Indian journal of veterinary science and animal husbandry - Volume 5,
Year: 1935
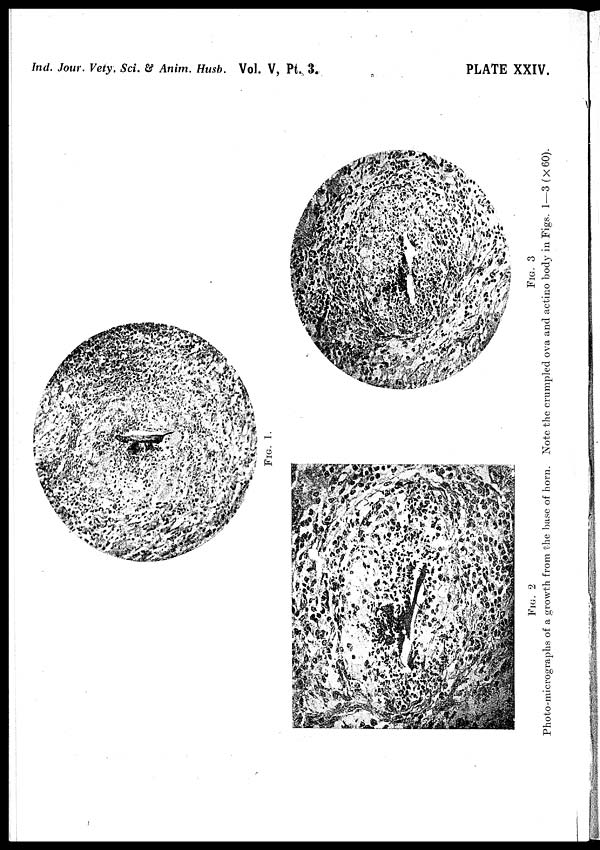
Ind. Jour, Vety. Sci. & Anim. Husb. Vol. V, Pt. 3.
PLATE XXIV.
FIG. 1.
FIG. 2
FIG. 3
Photo-micrographs of a growth from the base of horn. Note the crumpled ova and actino body in Figs. 1—3 (× 60).